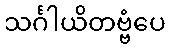
သင်္ဂါယိတဗ္ဗံပေ